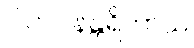
ဝါတပါနန္တရိကာယ